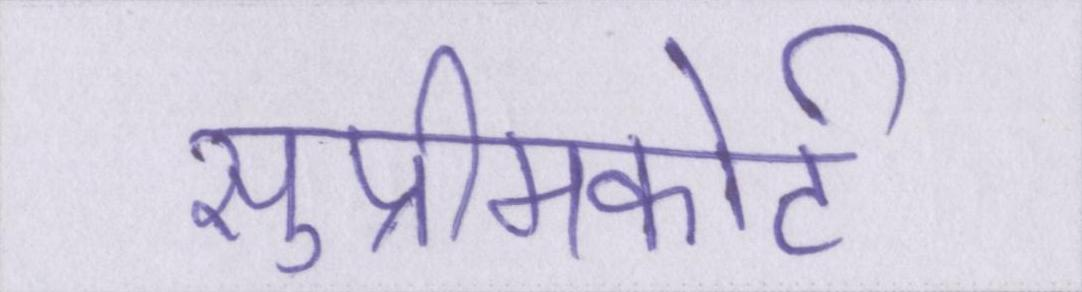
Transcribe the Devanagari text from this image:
सुप्रीमकोर्ट